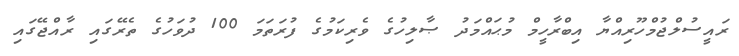
ރައީސުލްޖުމްހޫރިއްޔާ އިބްރާހީމް މުޙައްމަދު ޞާލިހުގެ ވެރިކަމުގެ ފުރަތަމަ 100 ދުވަހުގެ ތެރޭގައި ރާއްޖޭގައި